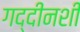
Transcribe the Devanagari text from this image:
गद्दीनशीं